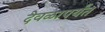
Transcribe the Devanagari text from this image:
देवळापर्यंत